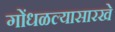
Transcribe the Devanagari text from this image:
गोंधळल्यासारखे